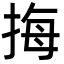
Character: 挴